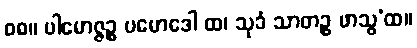
၈၈။ ပါမောဇ္ဇဉ္စ ပမောဒေါ ထ၊ သုခံ သာတဉ္စ ဖာသွ’ထ။